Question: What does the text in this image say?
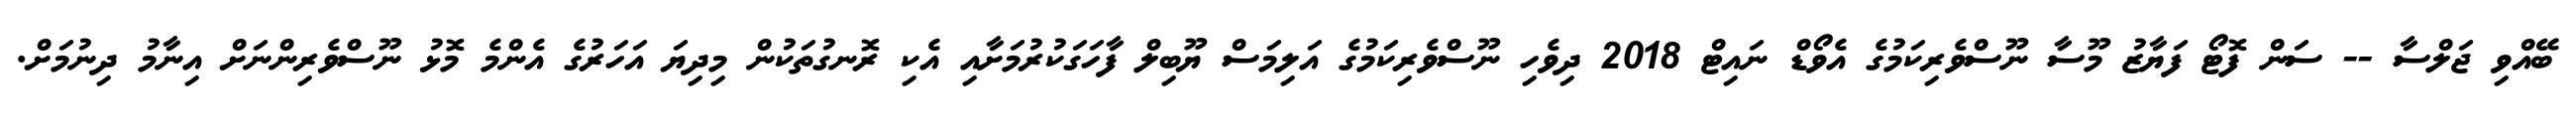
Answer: ބޭއްވި ޖަލްސާ -- ސަން ފޮޓޯ ފަޔާޒު މޫސާ ނޫސްވެރިކަމުގެ އެވޯޑް ނައިޓް 2018 ދިވެހި ނޫސްވެރިކަމުގެ އަލިމަސް ޔޫބިލް ފާހަގަކުރުމަށާއި އެކި ރޮނގުތަކުން މިދިޔަ އަހަރުގެ އެންމެ މޮޅު ނޫސްވެރިންނަށް އިނާމު ދިނުމަށް.